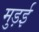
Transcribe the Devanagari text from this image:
मुड़ई